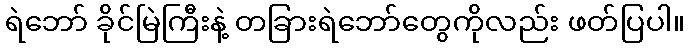
ရဲဘော် ခိုင်မြဲကြီးနဲ့ တခြားရဲဘော်တွေကိုလည်း ဖတ်ပြပါ။